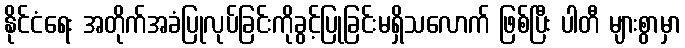
နိုင်ငံရေး အတိုက်အခံပြုလုပ်ခြင်းကိုခွင့်ပြုခြင်းမရှိသလောက် ဖြစ်ပြီး ပါတီ များစွာမှာ